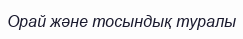
Орай және тосындық туралы